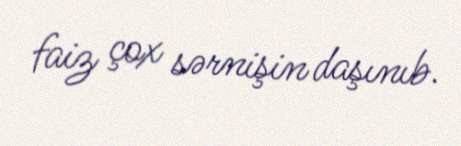
faiz çox sərnişin daşınıb.